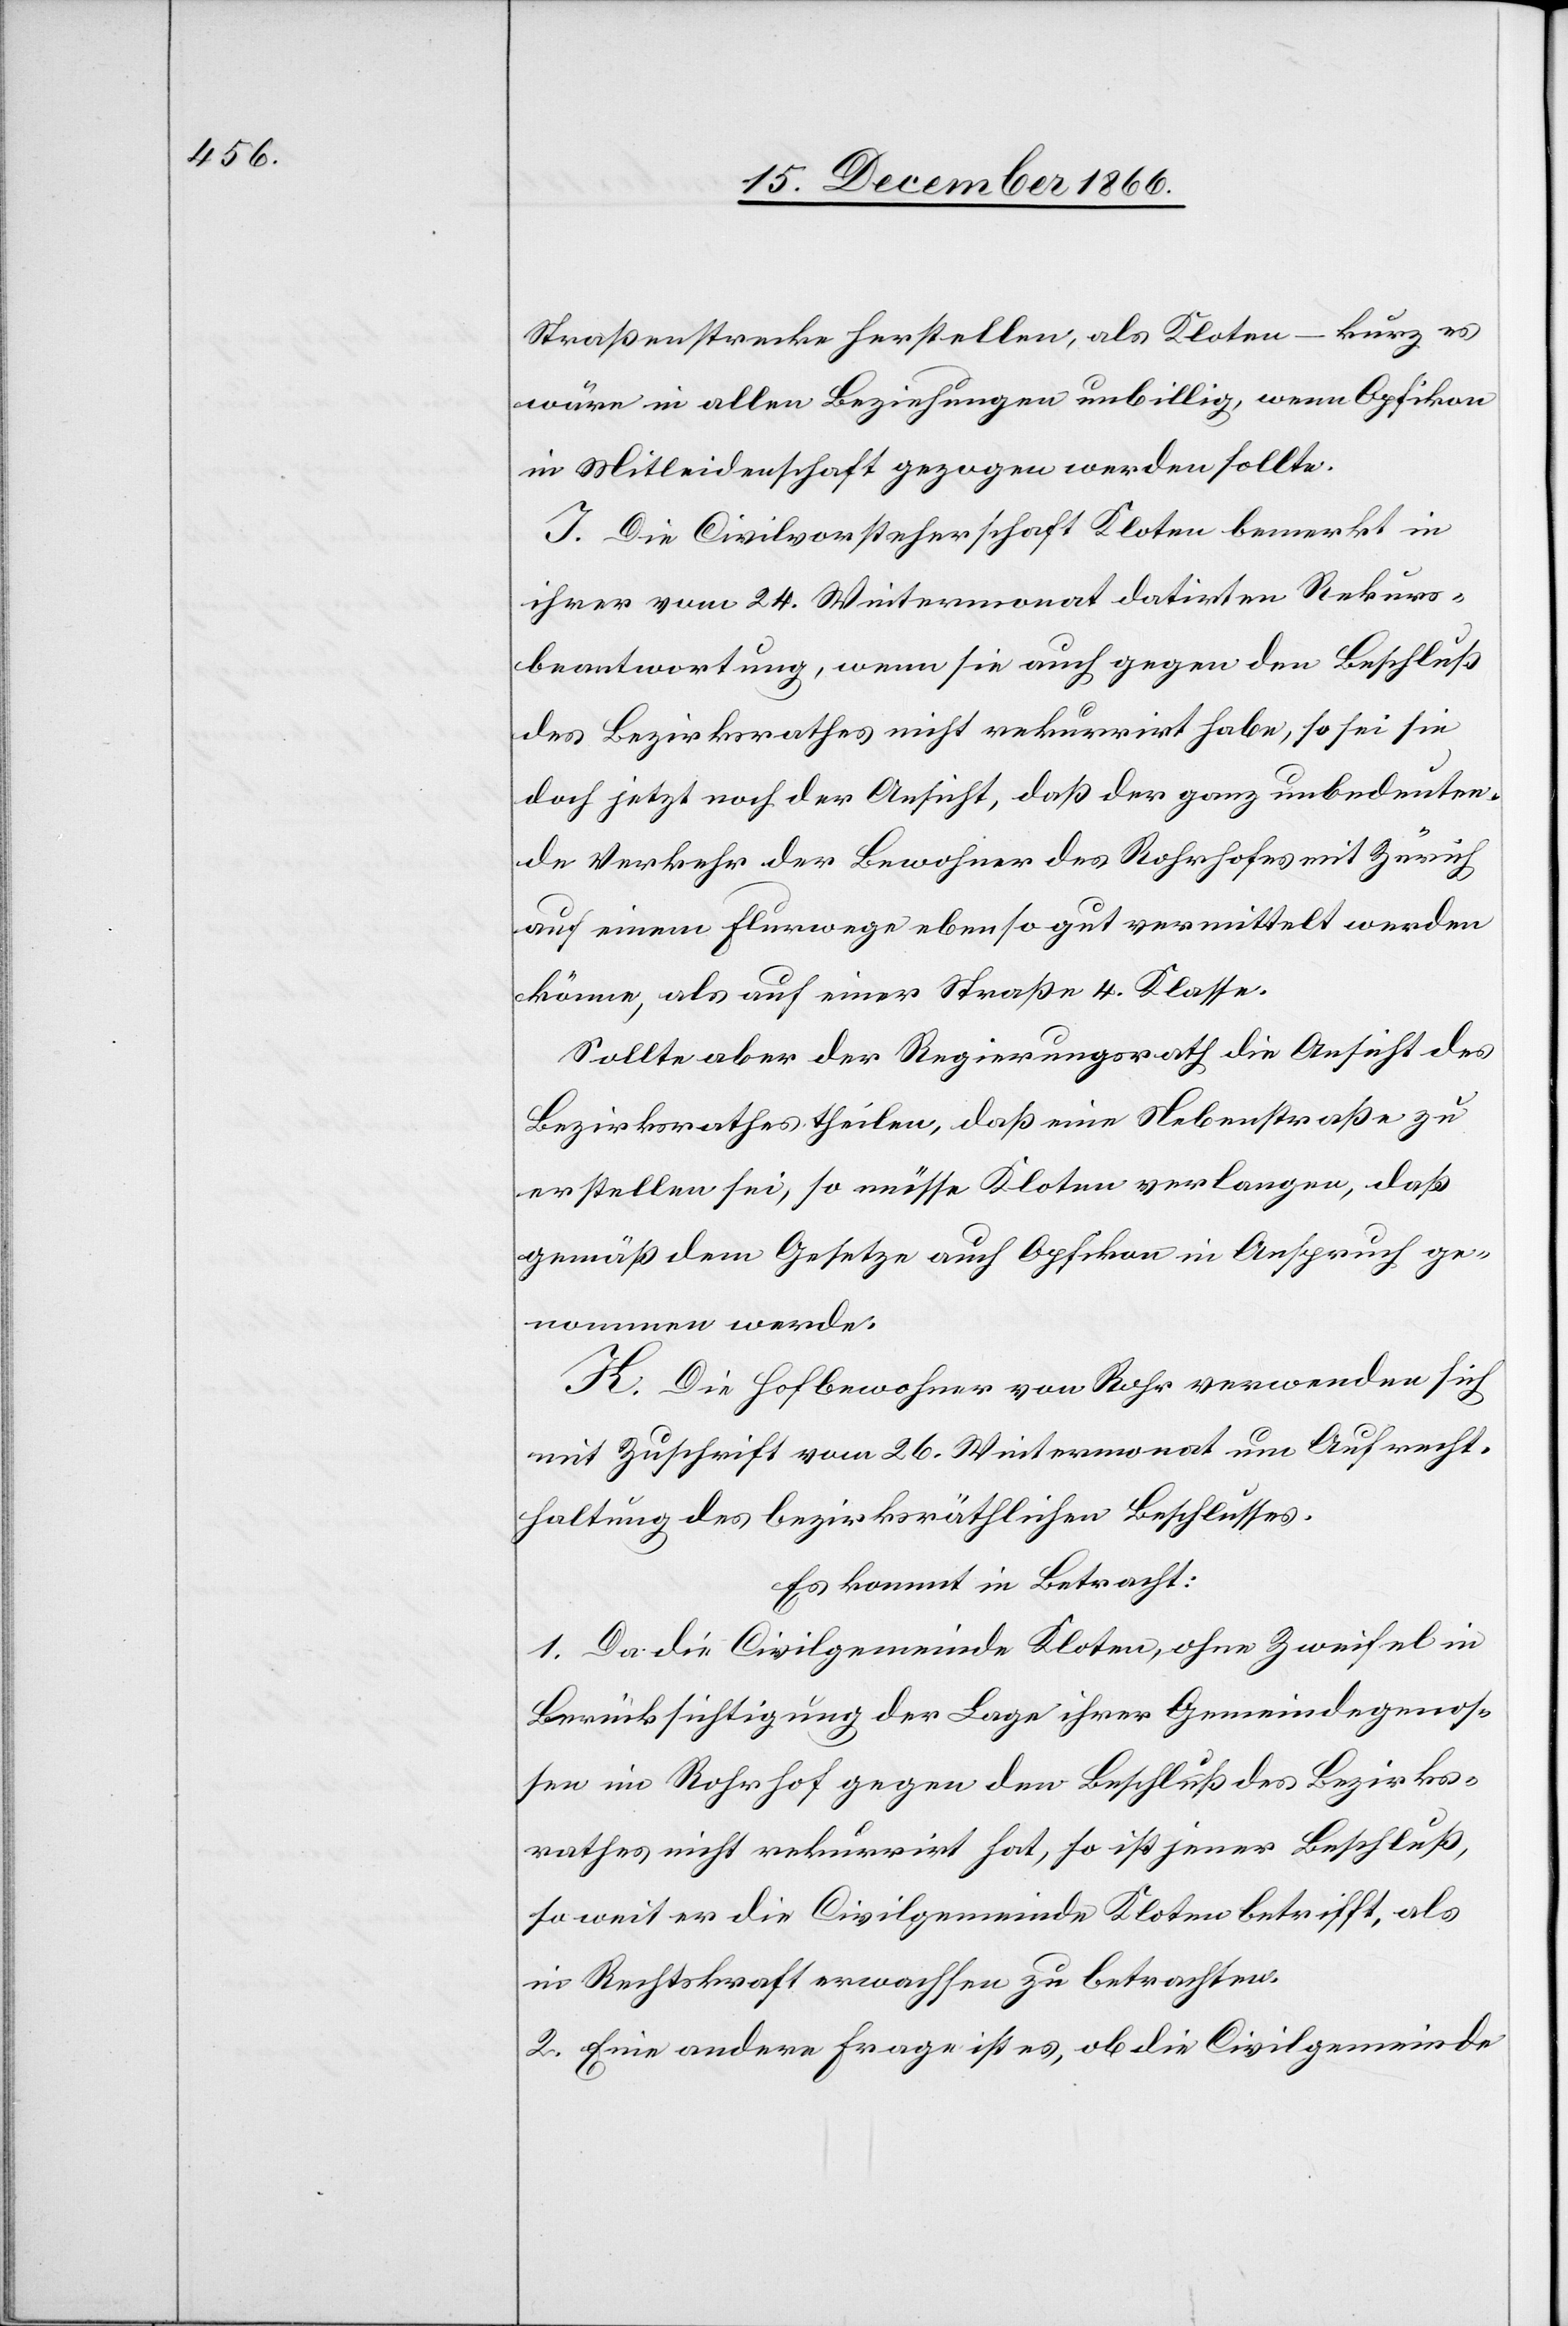
Straßenstrecke herstellen, als Kloten – kurz es
wäre in allen Beziehungen unbillig, wenn Opfikon
in Mitleidenschaft gezogen werden sollte.
I. Die Civilvorsteherschaft Kloten bemerkt in
ihrer vom 24. Wintermonat datirten Rekurs¬
beantwortung, wenn sie auch gegen den Beschluß
des Bezirksrathes nicht rekurrirt habe, so sei sie
doch jetzt noch der Ansicht, daß der ganz unbedeuten¬
de Verkehr der Bewohner des Rohrhofes mit Zürich
auf einem Flurwege eben so gut vermittelt werden
könne, als auf einer Straße 4. Klasse.
Sollte aber der Regierungsrath die Ansicht der
Bezirksrathes theilen, daß eine Nebenstraße zu
erstellen sei, so müsse Kloten verlangen, daß
gemäß dem Gesetze auch Opfikon in Anspruch ge¬
nommen werde.
K. Die Hofbewohner von Rohr verwenden sich
mit Zuschrift vom 26. Wintermonat um Aufrecht¬
haltung des bezirksräthlichen Beschlusses.
Es kommt in Betracht:
1. Da die Civilgemeinde Kloten, ohne Zweifel in
Berücksichtigung der Lage ihrer Gemeindegenos¬
sen im Rohrhof gegen den Beschluß des Bezirks¬
rathes nicht rekurrirt hat, so ist jener Beschluß,
so weit er die Civilgemeinde Kloten betrifft, als
in Rechtskraft erwachsen zu betrachten.
2. Eine andere Frage ist es, ob die Civilgemeinde